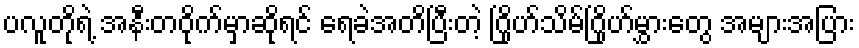
ပလူတိုရဲ့ အနီးတဝိုက်မှာဆိုရင် ရေခဲအတိပြီးတဲ့ ဂြိုဟ်သိမ်ဂြိုဟ်မွှားတွေ အများအပြား